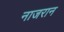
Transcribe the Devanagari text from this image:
नाजरान